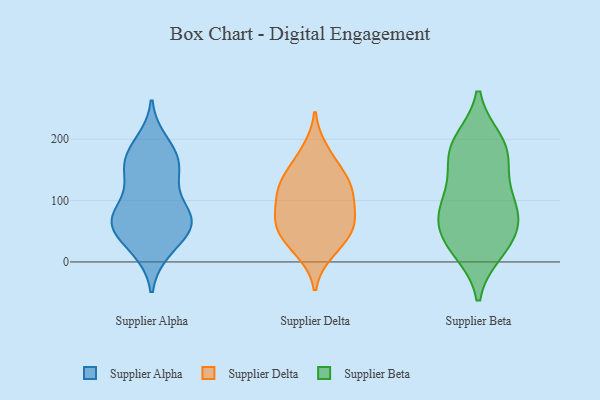
{"axis": {"x": "Shipments", "y": "Value"}, "legend": ["Supplier Alpha", "Supplier Beta", "Supplier Delta"], "data": [{"x": "", "y": 67, "type": "Supplier Alpha"}, {"x": "", "y": 195, "type": "Supplier Alpha"}, {"x": "", "y": 149, "type": "Supplier Alpha"}, {"x": "", "y": 48, "type": "Supplier Alpha"}, {"x": "", "y": 158, "type": "Supplier Alpha"}, {"x": "", "y": 77, "type": "Supplier Alpha"}, {"x": "", "y": 76, "type": "Supplier Alpha"}, {"x": "", "y": 144, "type": "Supplier Alpha"}, {"x": "", "y": 79, "type": "Supplier Alpha"}, {"x": "", "y": 22, "type": "Supplier Alpha"}, {"x": "", "y": 59, "type": "Supplier Alpha"}, {"x": "", "y": 19, "type": "Supplier Alpha"}, {"x": "", "y": 177, "type": "Supplier Alpha"}, {"x": "", "y": 60, "type": "Supplier Alpha"}, {"x": "", "y": 176, "type": "Supplier Alpha"}, {"x": "", "y": 70, "type": "Supplier Alpha"}, {"x": "", "y": 125, "type": "Supplier Alpha"}, {"x": "", "y": 56, "type": "Supplier Delta"}, {"x": "", "y": 132, "type": "Supplier Delta"}, {"x": "", "y": 118, "type": "Supplier Delta"}, {"x": "", "y": 59, "type": "Supplier Delta"}, {"x": "", "y": 17, "type": "Supplier Delta"}, {"x": "", "y": 156, "type": "Supplier Delta"}, {"x": "", "y": 75, "type": "Supplier Delta"}, {"x": "", "y": 86, "type": "Supplier Delta"}, {"x": "", "y": 29, "type": "Supplier Delta"}, {"x": "", "y": 112, "type": "Supplier Delta"}, {"x": "", "y": 181, "type": "Supplier Delta"}, {"x": "", "y": 124, "type": "Supplier Delta"}, {"x": "", "y": 54, "type": "Supplier Delta"}, {"x": "", "y": 97, "type": "Supplier Beta"}, {"x": "", "y": 18, "type": "Supplier Beta"}, {"x": "", "y": 82, "type": "Supplier Beta"}, {"x": "", "y": 181, "type": "Supplier Beta"}, {"x": "", "y": 57, "type": "Supplier Beta"}, {"x": "", "y": 157, "type": "Supplier Beta"}, {"x": "", "y": 56, "type": "Supplier Beta"}, {"x": "", "y": 106, "type": "Supplier Beta"}, {"x": "", "y": 197, "type": "Supplier Beta"}, {"x": "", "y": 197, "type": "Supplier Beta"}, {"x": "", "y": 20, "type": "Supplier Beta"}, {"x": "", "y": 167, "type": "Supplier Beta"}, {"x": "", "y": 37, "type": "Supplier Beta"}, {"x": "", "y": 89, "type": "Supplier Beta"}]}